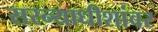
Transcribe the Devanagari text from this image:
सरन्याधीशांवर